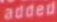
added